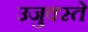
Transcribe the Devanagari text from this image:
उजुक्स्ते